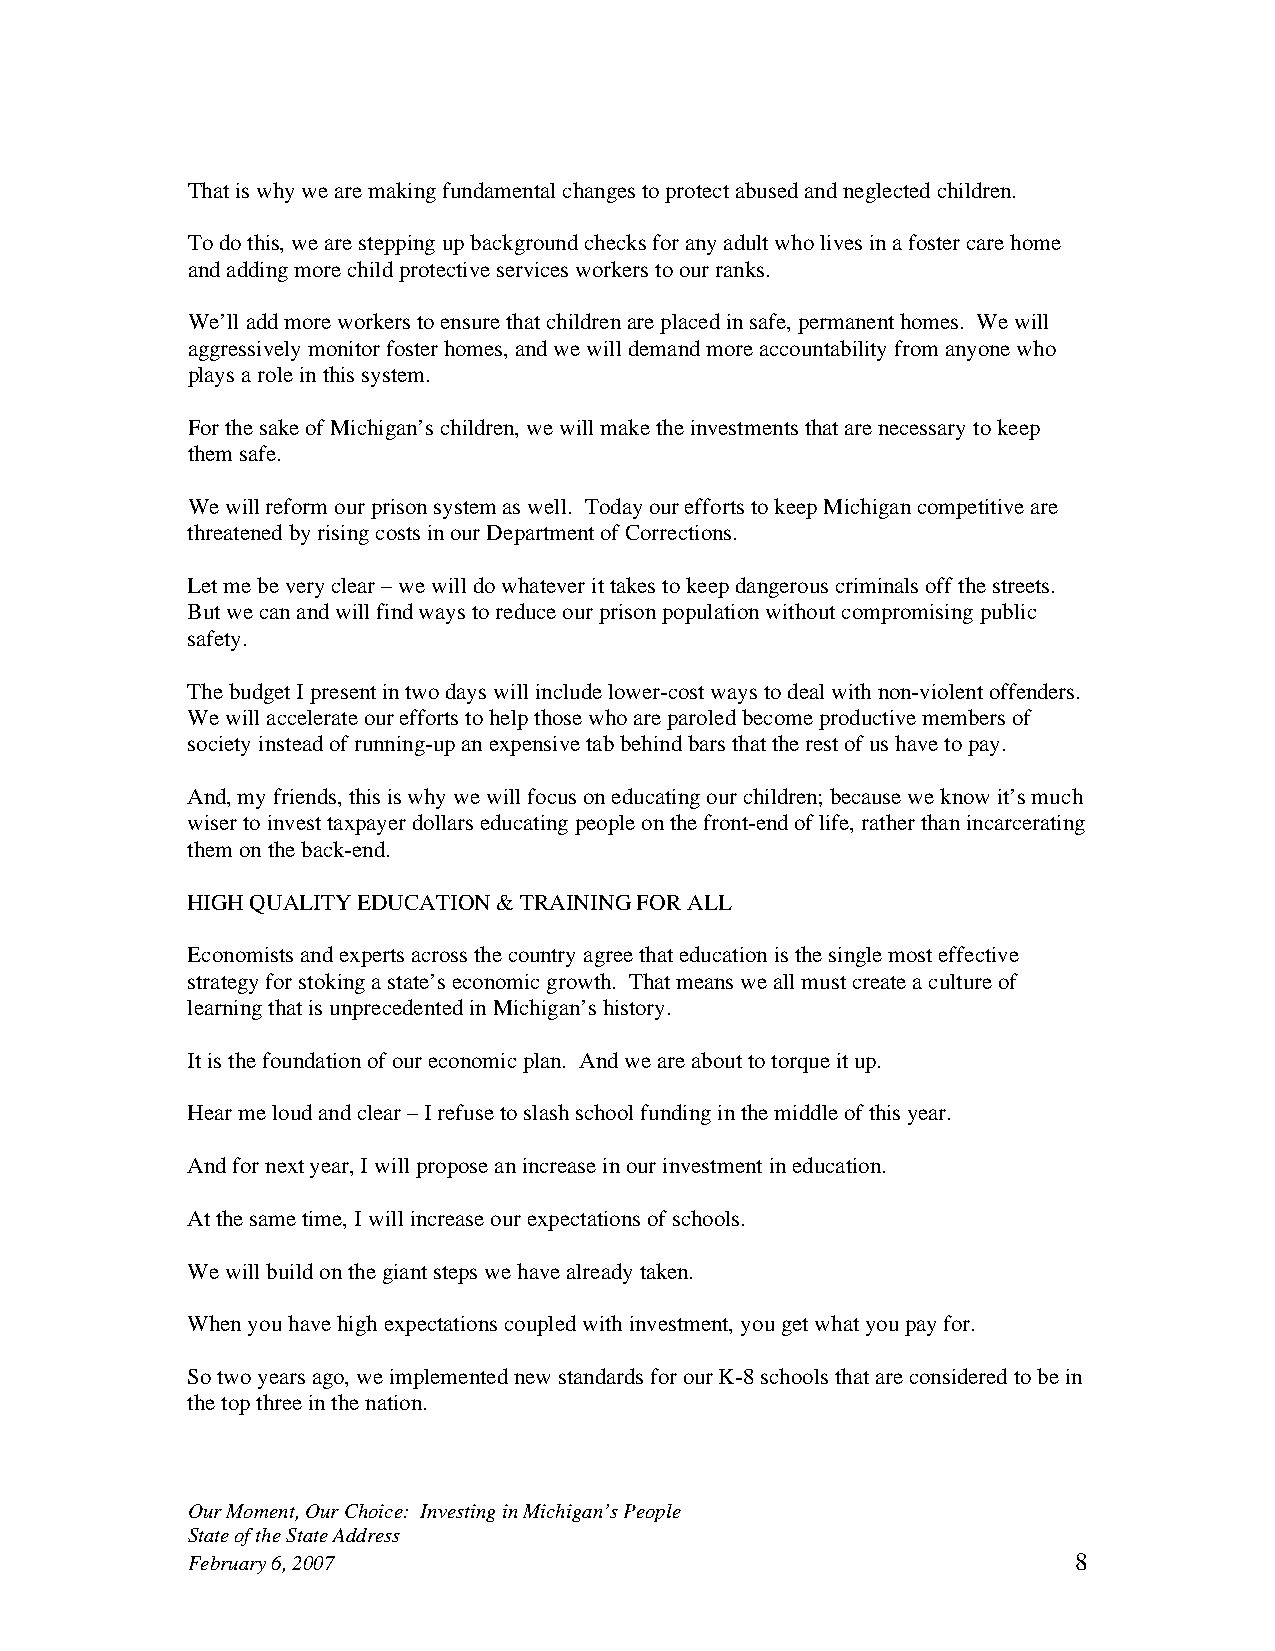
That is why we are making fundamental changes to protect abused and neglected children.
 To do this, we are stepping up background checks for any adult who lives in a foster care home
 and adding more child protective services workers to our ranks.
 We’ll add more workers to ensure that children are placed in safe, permanent homes. We will
 aggressively monitor foster homes, and we will demand more accountability from anyone who
 plays a role in this system.
 For the sake of Michigan’s children, we will make the investments that are necessary to keep
 them safe.
 We will reform our prison system as well. Today our efforts to keep Michigan competitive are
 threatened by rising costs in our Department of Corrections.
 Let me be very clear – we will do whatever it takes to keep dangerous criminals off the streets.
 But we can and will find ways to reduce our prison population without compromising public
 safety.
 The budget I present in two days will include lower-cost ways to deal with non-violent offenders.
 We will accelerate our efforts to help those who are paroled become productive members of
 society instead of running-up an expensive tab behind bars that the rest of us have to pay.
 And, my friends, this is why we will focus on educating our children; because we know it’s much
 wiser to invest taxpayer dollars educating people on the front-end of life, rather than incarcerating
 them on the back-end.
 HIGH QUALITY EDUCATION & TRAINING FOR ALL
 Economists and experts across the country agree that education is the single most effective
 strategy for stoking a state’s economic growth. That means we all must create a culture of
 learning that is unprecedented in Michigan’s history.
 It is the foundation of our economic plan. And we are about to torque it up.
 Hear me loud and clear – I refuse to slash school funding in the middle of this year.
 And for next year, I will propose an increase in our investment in education.
 At the same time, I will increase our expectations of schools.
 We will build on the giant steps we have already taken.
 When you have high expectations coupled with investment, you get what you pay for.
 So two years ago, we implemented new standards for our K-8 schools that are considered to be in
 the top three in the nation.
 Our Moment, Our Choice: Investing in Michigan’s People
 State of the State Address
 February 6, 2007                                           8